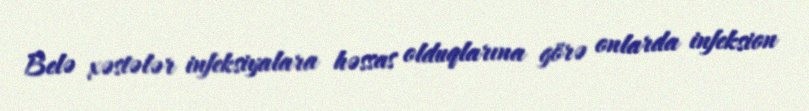
Belə xəstələr infeksiyalara həssas olduqlarına görə onlarda infeksion